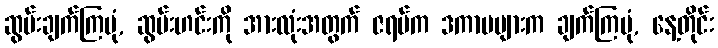
ဆွမ်းချက်ကြပုံ, ဆွမ်းဟင်းကို အားလုံးအတွက် ဇရပ်က ဒကာမများက ချက်ကြပုံ, နေ့တိုင်း